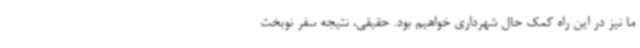
ما نیز در این راه کمک حال شهرداری خواهیم بود. حقیقی، نتیجه سفر نوبخت